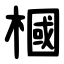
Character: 槶